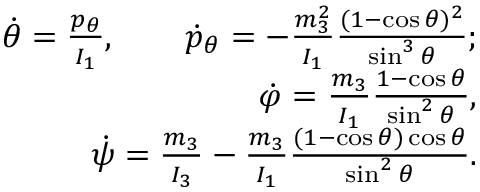
\begin{array} { r } { \dot { \theta } = \frac { p _ { \theta } } { I _ { 1 } } , \qquad \dot { p } _ { \theta } = - \frac { m _ { 3 } ^ { 2 } } { I _ { 1 } } \frac { ( 1 - \cos \theta ) ^ { 2 } } { \sin ^ { 3 } \theta } ; } \\ { \dot { \varphi } = \frac { m _ { 3 } } { I _ { 1 } } \frac { 1 - \cos \theta } { \sin ^ { 2 } \theta } , } \\ { \dot { \psi } = \frac { m _ { 3 } } { I _ { 3 } } - \frac { m _ { 3 } } { I _ { 1 } } \frac { ( 1 - \cos \theta ) \cos \theta } { \sin ^ { 2 } \theta } . } \end{array}